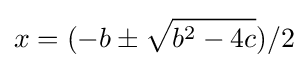
x=(-b\pm {\sqrt {b^{2}-4c}})/2